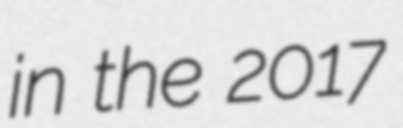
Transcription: in the 2017